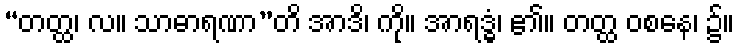
“တတ္ထ၊ လ။ သာဓာရဏာ”တိ အာဒိ၊ ကို။ အာရဒ္ဓံ၊ ၏။ တတ္ထ ဝစနေ၊ ၌။